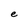
Character: e